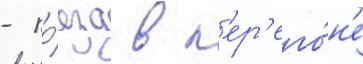
- по́езд в п'ер'его́н'е